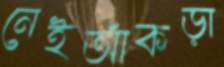
নেইআঁকড়া